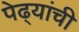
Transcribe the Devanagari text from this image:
पेढ्यांची